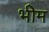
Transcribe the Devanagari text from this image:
भीेम